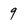
Character: 9